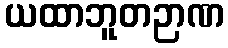
ယထာဘူတဉာဏ